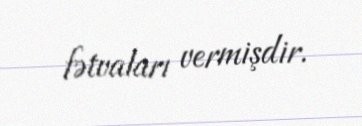
fətvaları vermişdir.